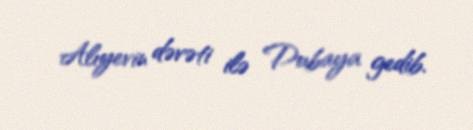
Alıyevin dəvəti ilə Dubaya gedib.